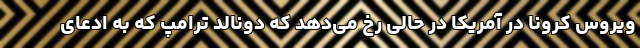
ویروس کرونا در آمریکا در حالی رخ می‌دهد که دونالد ترامپ که به ادعای